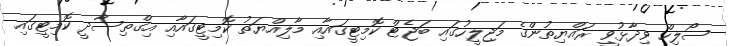
ސޯލިހް ވިދާޅުވީ ރައްޔިތުންގެ މަޖިލީހުގައި ބަޖެޓް ކޮމިޓީގައާއި މާލިއްޔަތު ކޮމިޓީގައާއި އިގްތިސާދީ ކޮމިޓީގައި